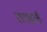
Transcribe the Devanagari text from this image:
रायडरचे